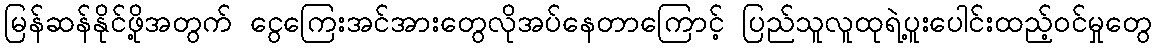
မြန်ဆန်နိုင်ဖို့အတွက် ငွေကြေးအင်အားတွေလိုအပ်နေတာကြောင့် ပြည်သူလူထုရဲ့ပူးပေါင်းထည့်ဝင်မှုတွေ